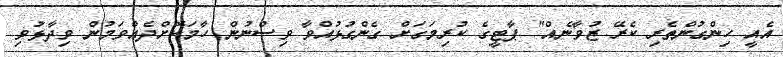
އެއީ ހިންގުންތެރި ކެރޭ ޒުވާނެއް" ޕާޓީގެ ކުރިމަގަށް ގެންގުޅުއްވާ ވިސްނުން ހާމަކޮށްދެއްވަމުން ވިދާޅުވި